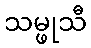
သမ္ဖုသီ